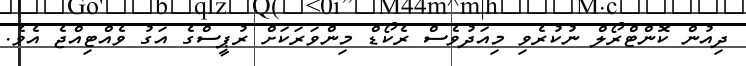
ދިއުން ކޮންޓްރޯލް ނުކުރެވި މިއަދުވެސް ރެކޯޑް މިންވަރަކަށް ރުޕީސްގެ އަގު ވެއްޓިއްޖެ އެވެ.